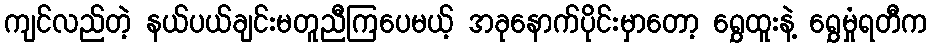
ကျင်လည်တဲ့ နယ်ပယ်ချင်းမတူညီကြပေမယ့် အခုနောက်ပိုင်းမှာတော့ ရွှေထူးနဲ့ ရွှေမှုံရတီက